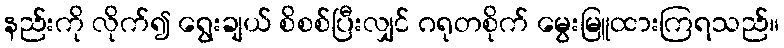
နည်းကို လိုက်၍ ရွေးချယ် စိစစ်ပြီးလျှင် ဂရုတစိုက် မွေးမြူထားကြရသည်။